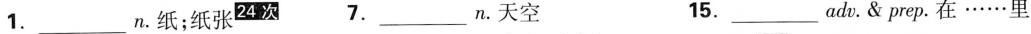
1._______n。纸；纸张24次 7.________n。天空 15.__________adn。&prep。在……里